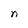
Character: n